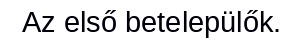
Az első betelepülők.